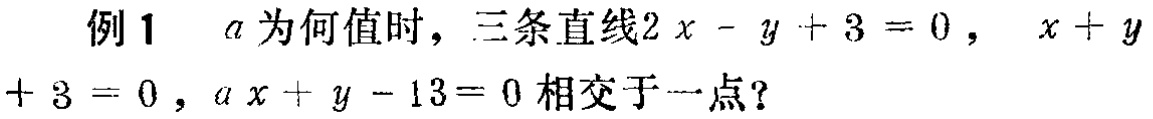
例1 \(a\)为何值时，三条直线\(2x - y + 3 = 0\)，\(x + y + 3 = 0\)，\(ax + y - 13 = 0\)相交于一点？